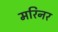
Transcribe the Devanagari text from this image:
मरिनर